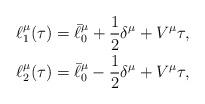
LaTeX: \begin{align*}\ell_1^\mu(\tau) = \bar\ell_0^\mu + {1\over2}\delta^\mu + V^\mu \tau,\\\ell_2^\mu(\tau) = \bar\ell_0^\mu - {1\over2}\delta^\mu + V^\mu \tau,\end{align*}